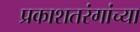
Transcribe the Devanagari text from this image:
प्रकाशतरंगांच्या